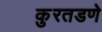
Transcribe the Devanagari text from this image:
कुरतडणे